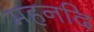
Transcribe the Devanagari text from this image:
महनदि